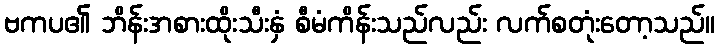
ဗကပ၏ ဘိန်းအစားထိုးသီးနှံ စီမံကိန်းသည်လည်း လက်စတုံးတော့သည်။